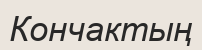
Кончактың